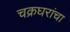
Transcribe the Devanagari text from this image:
चक्रघरांचा